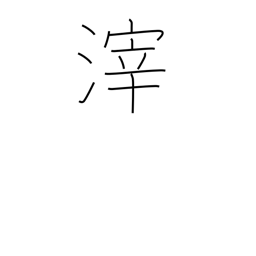
Meaning: dregs